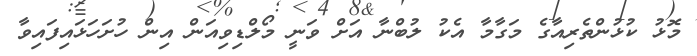
މޮޅު ކުޅުންތެރިއާގެ މަގާމާ އެކު ލުބްނާ އަށް ވަނީ މޯލްޑިވިއަން އިން ހުށަހަޅައިފައިވާ